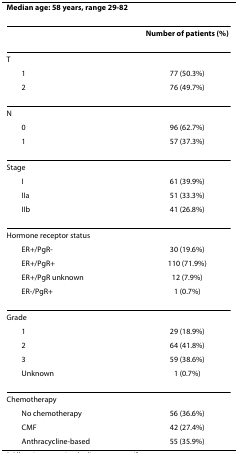
<table><thead><tr><td><b>Median age: 58 years, range 29-82</b></td><td></td></tr></thead><tbody><tr><td></td><td><b>Number of patients (%)</b></td></tr><tr><td>T</td><td></td></tr><tr><td> 1</td><td>77 (50.3%)</td></tr><tr><td> 2</td><td>76 (49.7%)</td></tr><tr><td>N</td><td></td></tr><tr><td> 0</td><td>96 (62.7%)</td></tr><tr><td> 1</td><td>57 (37.3%)</td></tr><tr><td>Stage</td><td></td></tr><tr><td> I</td><td>61 (39.9%)</td></tr><tr><td> IIa</td><td>51 (33.3%)</td></tr><tr><td> IIb</td><td>41 (26.8%)</td></tr><tr><td>Hormone receptor status</td><td></td></tr><tr><td> ER+/PgR-</td><td>30 (19.6%)</td></tr><tr><td> ER+/PgR+</td><td>110 (71.9%)</td></tr><tr><td> ER+/PgR unknown</td><td>12 (7.9%)</td></tr><tr><td> ER-/PgR+</td><td>1 (0.7%)</td></tr><tr><td>Grade</td><td></td></tr><tr><td> 1</td><td>29 (18.9%)</td></tr><tr><td> 2</td><td>64 (41.8%)</td></tr><tr><td> 3</td><td>59 (38.6%)</td></tr><tr><td> Unknown</td><td>1 (0.7%)</td></tr><tr><td>Chemotherapy</td><td></td></tr><tr><td> No chemotherapy</td><td>56 (36.6%)</td></tr><tr><td> CMF</td><td>42 (27.4%)</td></tr><tr><td> Anthracycline-based</td><td>55 (35.9%)</td></tr></tbody></table>